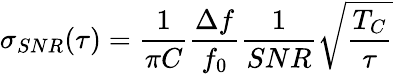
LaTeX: \sigma_{SNR}(\tau)=\frac{1}{\pi C}\frac{\Delta f}{f_{0}}\frac{1}{SNR}\sqrt{\frac{T_{C}}{\tau}}